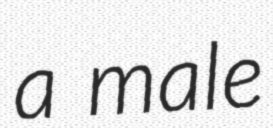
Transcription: a male